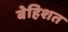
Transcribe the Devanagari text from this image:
बेहिशत